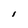
Character: I